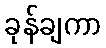
ခုန်ချကာ